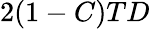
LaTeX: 2(1-C)TD